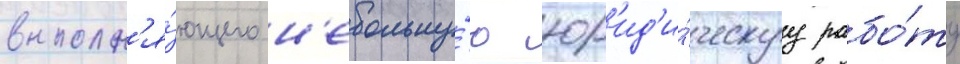
выполн'я́ющего н'ебольшу́ю юр'ид'и́ческуу рабо́ту